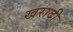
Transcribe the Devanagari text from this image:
खरादी